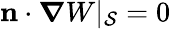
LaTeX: \mathbf{n}\cdot\boldsymbol{\nabla}W|_{\cal S}=0